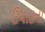
ઉચાઇના